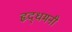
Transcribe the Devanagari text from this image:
हृद्‌धमनी